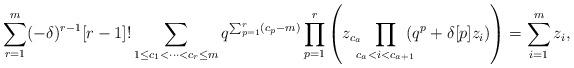
LaTeX: \begin{align*}\sum_{r=1}^{m}(-\delta)^{r-1}[r-1]!\sum_{1\le c_{1}<\cdots <c_{r}\le m}q^{\sum_{p=1}^{r}(c_{p}-m)}\prod_{p=1}^{r}\left( z_{c_{a}}\!\!\!\prod_{c_{a}<i<c_{a+1}}\!\!\!(q^{p}+\delta [p] z_{i})\right)=\sum_{i=1}^{m}z_{i}, \end{align*}